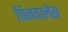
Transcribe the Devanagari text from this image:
चिनचालेस